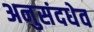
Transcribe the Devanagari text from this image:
अनुसंदधेव